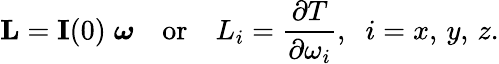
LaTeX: \mathbf{L}=\mathbf{I}(0)\; {\boldsymbol{\omega}}\quad{\mathrm{or}}\quad L_{i}={\frac{\partial T}{\partial\omega_{i}}},\; \; i=x,\, y,\, z.